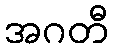
အဂတီ